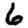
Digit: 6